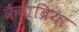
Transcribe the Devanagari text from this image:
कैंटाब्रिया